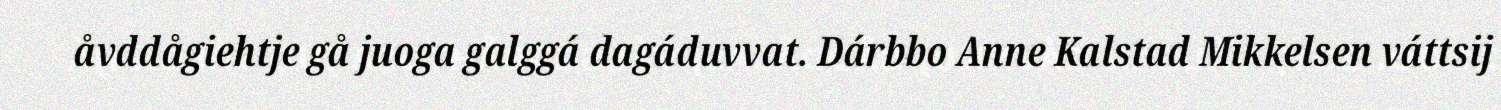
åvddågiehtje gå juoga galggá dagáduvvat. Dárbbo Anne Kalstad Mikkelsen váttsij